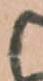
と